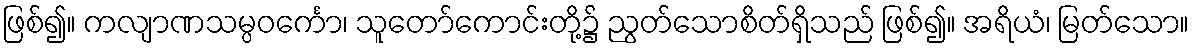
ဖြစ်၍။ ကလျာဏသမ္ပဝင်္ကော၊ သူတော်ကောင်းတို့၌ ညွတ်သောစိတ်ရှိသည် ဖြစ်၍။ အရိယံ၊ မြတ်သော။